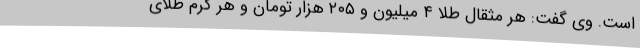
است. وی گفت: هر مثقال طلا ۴ میلیون و ۲۰۵ هزار تومان و هر گرم طلای